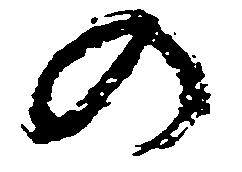
の